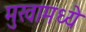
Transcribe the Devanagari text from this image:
मुखामध्ये